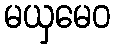
မယှမေဝ